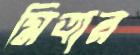
মিত্রার